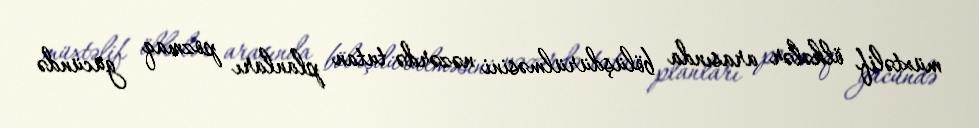
müxtəlif ölkələr arasında bölüşdürülməsini nəzərdə tutan planları pozmaq gücündə